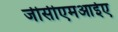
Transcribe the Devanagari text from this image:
जीसीएमआईए